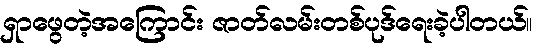
ရှာဖွေတဲ့အကြောင်း ဇာတ်လမ်းတစ်ပုဒ်ရေးခဲ့ပါတယ်။